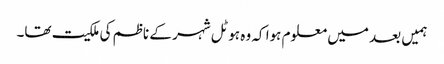
ہمیں بعد میں معلوم ہوا کہ وہ ہوٹل شہر کے ناظم کی ملکیت تھا۔